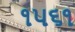
૧૫૬૧